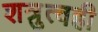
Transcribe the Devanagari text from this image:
शत्रुत्वही